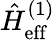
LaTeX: \hat{H}_{\mathrm{eff}}^{(1)}